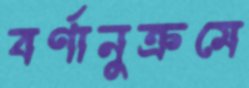
বর্ণানুক্রমে